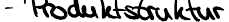
- Produktstruktur